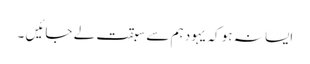
ایسا نہ ہو کہ یہود ہم سے سبقت لے جائیں ۔